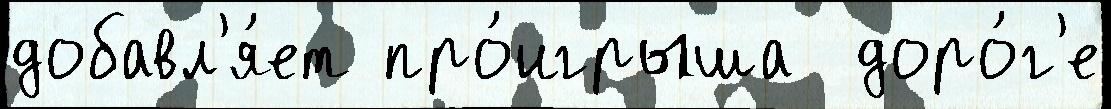
добавл'я́ет про́игрыша  доро́г'е